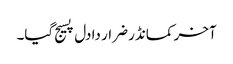
آخر کمانڈر ضرار دا دل پسیج گیا۔